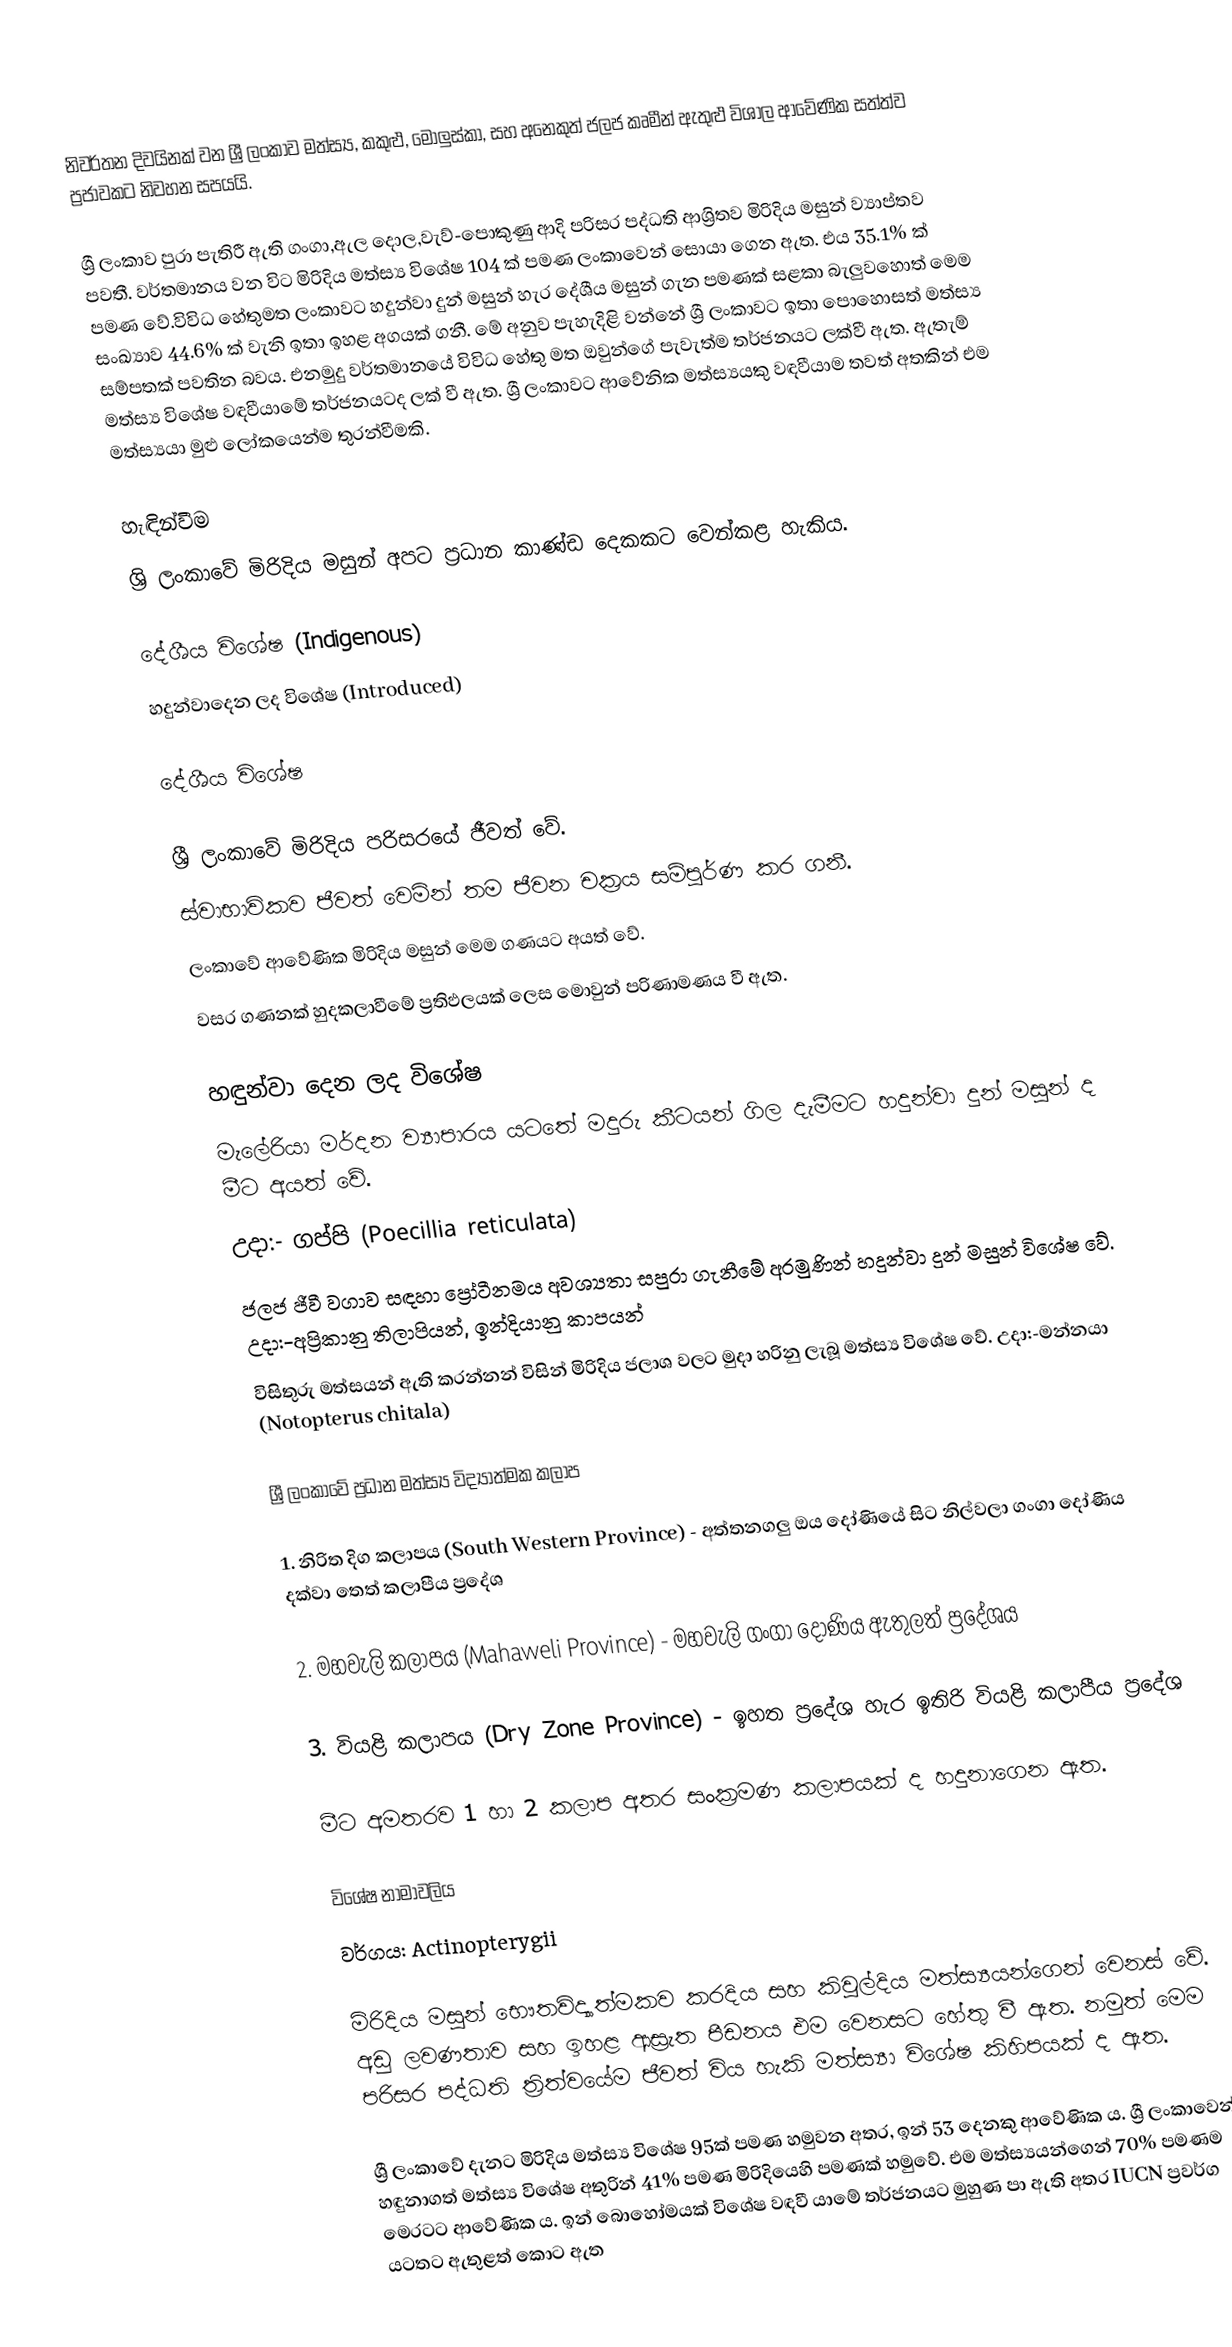
නිවර්තන දිවයිනක් වන ශ්‍රී ලංකාව මත්‍ස්‍ය, කකුළු, මොලුස්කා, සහ අනෙකුත් ජලජ කෘමීන් ඇතුළු විශාල ආවේණික සත්ත්ව ප්‍රජාවකට නිවහන සපයයි.

ශ්‍රී ලංකාව පුරා පැතිරී ඇති ගංගා,ඇල දොල,වැව්-පොකුණු ආදි පරිසර පද්ධති ආශ්‍රිතව මිරිදිය මසුන් ව්‍යාප්තව පවතී. වර්තමානය වන විට මිරිදිය මත්ස්‍ය විශේෂ 104 ක් පමණ ලංකාවෙන් සොයා ගෙන ඇත. එය 35.1% ක් පමණ වේ.විවිධ හේතුමත ලංකාවට හදුන්වා දුන් මසුන් හැර දේශීය මසුන් ගැන පමණක් සළකා බැලුවහොත් මෙම සංඛ්‍යාව 44.6% ක් වැනි ඉතා ඉහළ අගයක් ගනී. මේ අනුව පැහැදිළි වන්නේ ශ්‍රී ලංකාවට ඉතා පොහොසත් මත්ස්‍ය සම්පතක් පවතින බවය. එනමුදු වර්තමානයේ විවිධ හේතු මත ඔවුන්ගේ පැවැත්ම තර්ජනයට ලක්වී ඇත. ඇතැම් මත්ස්‍ය විශේෂ වඳවීයාමේ තර්ජනයටද ලක් වී ඇත. ශ්‍රී ලංකාවට ආවේනික මත්ස්‍යයකු වඳවීයාම තවත් අතකින් එම මත්ස්‍යයා මුළු ලෝකයෙන්ම තුරන්වීමකි.

හැඳින්වීම
ශ්‍රි ලංකාවේ මිරිදිය මසුන් අපට ප්‍රධාන කාණ්ඩ දෙකකට වෙන්කළ හැකිය.

දේශීය විශේෂ (Indigenous)
හදුන්වාදෙන ලද විශේෂ (Introduced)

දේශීය විශේෂ

ශ්‍රී ලංකාවේ මිරිදිය පරිසරයේ ජීවත් වේ.
ස්වාභාවිකව ජීවත් වෙමින් තම ජීවන චක්‍රය සම්පූර්ණ කර ගනී.
ලංකාවේ ආවේණික මිරිදිය මසුන් මෙම ගණයට අයත් වේ.
වසර ගණනක් හුදකලාවීමේ ප්‍රතිඵලයක් ලෙස මොවුන් පරිණාමණය වී ඇත.

හඳුන්වා දෙන ලද විශේෂ
මැලේරියා මර්දන ව්‍යාපාරය යටතේ මදුරු කීටයන් ගිල දැමීමට හදුන්වා දුන් මසුන් ද මීට අයත් වේ.
උදා:- ගප්පි (Poecillia reticulata)
ජලජ ජීවී වගාව සඳහා ප්‍රෝටීනමය අවශ්‍යතා සපුරා ගැනීමේ අරමුණින් හදුන්වා දුන් මසුන් වි‍‍ශේෂ වේ. උදා:-අප්‍රිකානු තිලාපියන්, ඉන්දියානු කාපයන්
විසිතුරු මත්සයන් ඇති කරන්නන් විසින් මිරිදිය ජලාශ වල‍ට මුදා හරිනු ලැබූ මත්ස්‍ය විශේෂ වේ. උදා:-මන්නයා (Notopterus chitala)

ශ්‍රී ලංකා‍වේ ප්‍රධාන මත්ස්‍ය විද්‍යාත්මක කලාප

1. නිරිත දිග කලාපය (South Western Province) - අත්තනගලු ඔය දෝණියේ සිට නිල්වලා ගංගා දෝණිය දක්වා තෙත් කලාපීය ප්‍රදේශ

2. මහවැලි කලාපය (Mahaweli Province) - මහවැලි ගංගා දෝණිය ඇතුලත් ප්‍රදේශය

3. වියළි කලාපය (Dry Zone Province) - ඉහත ප්‍රදේශ හැර ඉතිරි වියළි කලාපීය ප්‍රදේශ

මීට අමතරව 1 හා 2 කලාප අතර සංක්‍රමණ කලාපයක් ද හදුනාගෙන ඇත.

විශේෂ නාමාවලිය
වර්ගය: Actinopterygii

මිරිදිය මසුන් භෞතවිද්‍යාත්මකව කරදිය සහ කිවුල්දිය මත්ස්‍යයන්ගෙන් වෙනස් වේ. අඩු ලවණතාව සහ ඉහළ ආස්‍රැත පීඩනය එම වෙනසට හේතු වී ඇත. නමුත් මෙම පරිසර පද්ධති ත්‍රිත්වයේම ජීවත් විය හැකි මත්ස්‍යා විශේෂ කිහිපයක් ද ඇත.

ශ්‍රී ලංකාවේ දැනට මිරිදිය මත්ස්‍ය විශේෂ 95ක් පමණ හමුවන අතර, ඉන් 53 දෙනකු ආවේණික ය. ශ්‍රී ලංකාවෙන් හඳුනාගත් මත්ස්‍ය විශේෂ අතුරින් 41% පමණ මිරිදියෙහි පමණක් හමුවේ. එම මත්ස්‍යයන්ගෙන් 70% පමණම මෙරටට ආවේණික ය. ඉන් බොහෝමයක් විශේෂ වඳවී යාමේ තර්ජනයට මුහුණ පා ඇති අතර IUCN ප්‍රවර්ග යටතට ඇතුළත් කොට ඇත